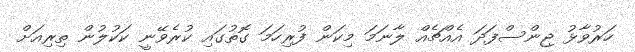
ހަރުވާޅު ޖިންސްފަދަ އެއްޗެއް ލާނަމަ މިކަން ފުރިހަމަ ގޮތުގައި ކުރެވޭނީ ކަކުލުން ތިރިއަށް